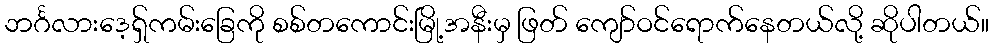
ဘင်္ဂလားဒေ့ရှ်ကမ်းခြေကို စစ်တကောင်းမြို့အနီးမှ ဖြတ် ကျော်ဝင်ရောက်နေတယ်လို့ ဆိုပါတယ်။